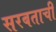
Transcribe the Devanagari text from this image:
सरबताची